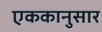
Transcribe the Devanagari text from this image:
एककानुसार